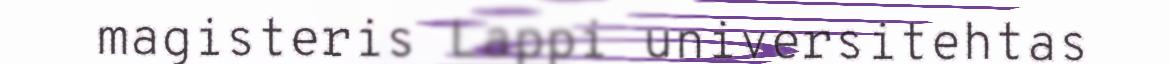
magisteris Lappi universitehtas